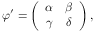
\varphi ^ { \prime } = \left( \begin{array} { c c } { { \alpha } } & { { \beta } } \\ { { \gamma } } & { { \delta } } \end{array} \right) ,